画像に写った文字を読んでください
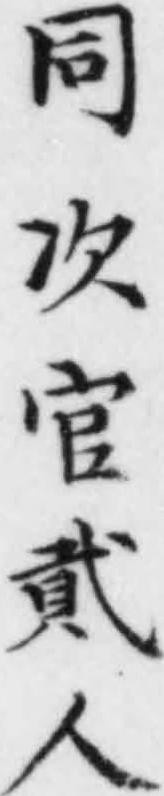
「同次官貳人」と書いてあります